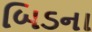
બિડના